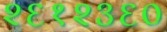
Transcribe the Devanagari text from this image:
२६१२३६०